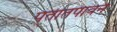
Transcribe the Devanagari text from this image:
पतीतपावन